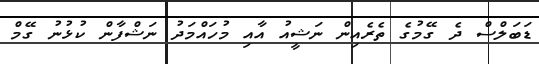
ޑަބަލްސް ދެ ގޭމުގެ ތެރެއިން ނަޝީއު އާއި މުހައްމަދު ނަޝްފާން ކުޅުނު ގޭމް